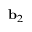
\mathbf { b } _ { 2 }